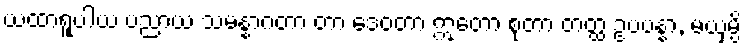
ယထာရူပါယ ပညာယ သမန္နာဂတာ တာ ဒေဝတာ ဣတော စုတာ တတ္ထ ဥပပန္နာ, မယှမ္ပိ